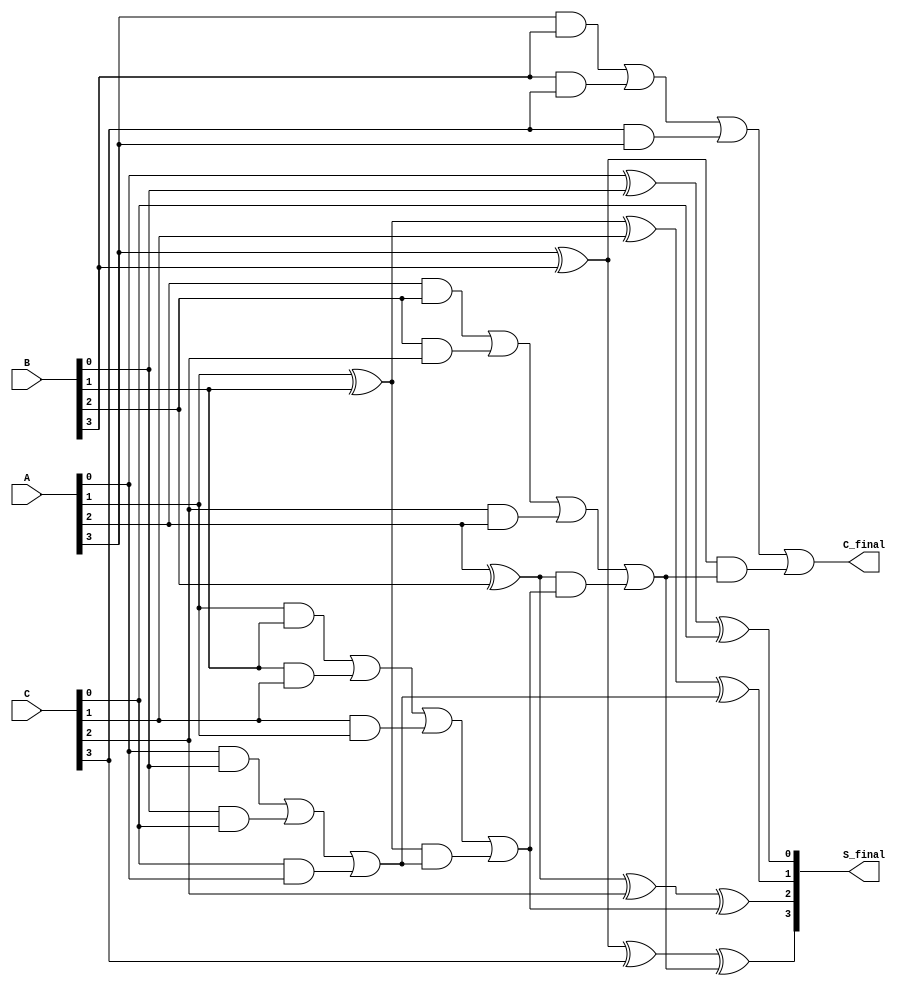
module RippleCarrySaveAdder #(parameter WIDTH = 4) (
    input  [WIDTH-1:0] A,  // First operand
    input  [WIDTH-1:0] B,  // Second operand
    input  [WIDTH-1:0] C,  // Third operand
    output [WIDTH-1:0] S_final,  // Final sum output
    output C_final           // Final carry output
);

    // Internal wires for partial sums and carries
    wire [WIDTH-1:0] S;   // Partial sums
    wire [WIDTH-1:0] C_out; // Carry outputs from each stage

    // Full adder logic for each bit position
    genvar i;
    generate
        for (i = 0; i < WIDTH; i = i + 1) begin : full_adder
            if (i == 0) begin
                // For the least significant bit, there is no carry-in
                assign S[i] = A[i] ^ B[i] ^ C[i]; // Partial sum
                assign C_out[i] = (A[i] & B[i]) | (B[i] & C[i]) | (C[i] & A[i]); // Carry-out
            end else begin
                // For other bits, include the carry from the previous stage
                assign S[i] = A[i] ^ B[i] ^ C[i] ^ C_out[i-1]; // Partial sum
                assign C_out[i] = (A[i] & B[i]) | (B[i] & C[i]) | (C[i] & A[i]) | ((A[i] ^ B[i]) & C_out[i-1]); // Carry-out
            end
        end
    endgenerate

    // Final outputs
    assign S_final = S;             // Final sum output
    assign C_final = C_out[WIDTH-1]; // Final carry output from the most significant bit

endmodule